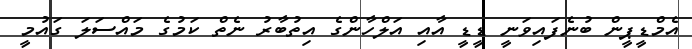
އެމްޑީޕީން ބުނެފައިވަނީ ޑީޑީ އާއި އަލްހާންގެ އިތުބާރު ނެތް ކަމުގެ މައްސަލަ ގައުމީ